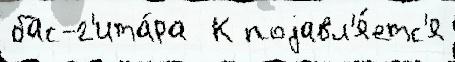
бас-г'ита́ра  К поjавл'я́етс'я